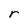
Character: r